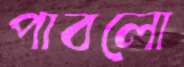
পাবলো